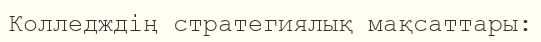
Колледждің стратегиялық мақсаттары: